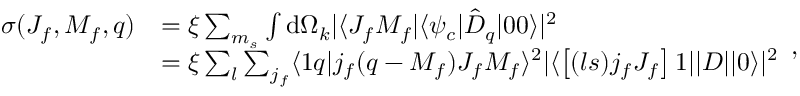
\begin{array} { r l } { \sigma ( J _ { f } , M _ { f } , q ) } & { = \xi \sum _ { m _ { s } } \int \mathrm { d } \Omega _ { k } | \langle J _ { f } M _ { f } | \langle \psi _ { c } | \hat { D } _ { q } | 0 0 \rangle | ^ { 2 } } \\ & { = \xi \sum _ { l } \sum _ { j _ { f } } \langle 1 q | j _ { f } ( q - M _ { f } ) J _ { f } M _ { f } \rangle ^ { 2 } | \langle \left[ ( l s ) j _ { f } J _ { f } \right] 1 | | D | | 0 \rangle | ^ { 2 } } \end{array} ,